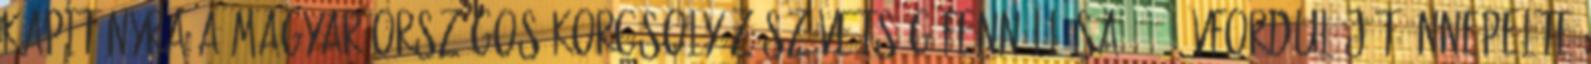
kapitányra A Magyar Országos Korcsolyázószövetség fennállása 110. évfordulóját ünnepelte